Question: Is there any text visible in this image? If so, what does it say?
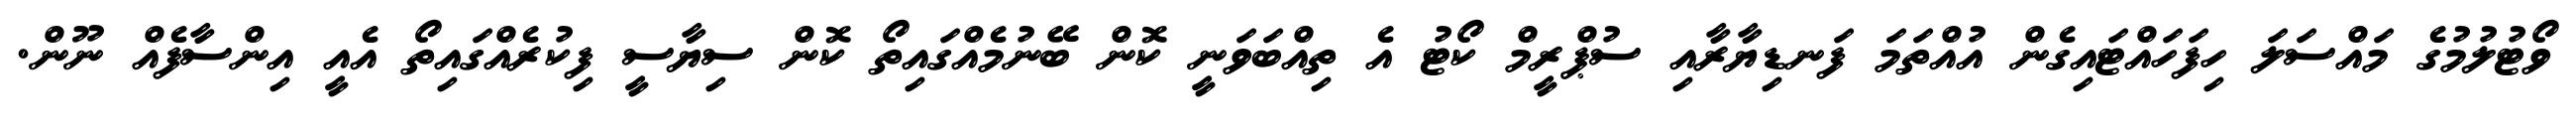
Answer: ވޯޓުލުމުގެ މައްސަލަ ހިފަހައްޓައިގެން އުއްތަމަ ފަނޑިޔާރާއި ސުޕްރީމް ކޯޓު އެ ތިއްބަވަނީ ކޮން ބޭނުމެއްގައިތޯ ކޮން ސިޔާސީ ފިކުރެއްގައިތޯ އެއީ އިންސާފެއް ނޫން.